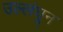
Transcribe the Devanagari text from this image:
उल्लंघून